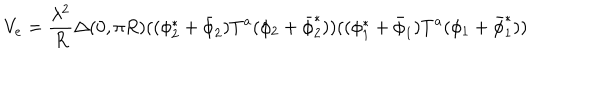
LaTeX: V _ { e } = { \frac { \lambda ^ { 2 } } { R } } \Delta ( 0 , \pi R ) ( ( \phi _ { 2 } ^ { * } + \bar { \phi } _ { 2 } ) T ^ { a } ( \phi _ { 2 } + \bar { \phi } _ { 2 } ^ { * } ) ) ( ( \phi _ { 1 } ^ { * } + \bar { \phi } _ { 1 } ) T ^ { a } ( \phi _ { 1 } + \bar { \phi } _ { 1 } ^ { * } ) )